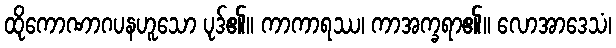
ထိုကောဏာဂပနဟူသော ပုဒ်၏။ ကာကာရဿ၊ ကာအက္ခရာ၏။ လောအာဒေသံ၊